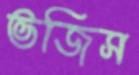
ভজিস